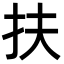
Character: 扶